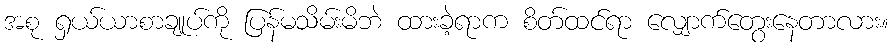
အစု ရှယ်ယာစာချုပ်ကို ပြန်မသိမ်းမိဘဲ ထားခဲ့ရာက စိတ်ထင်ရာ လျှောက်တွေးနေတာလား။